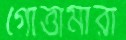
গোত্তামারা